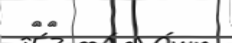
٤٥